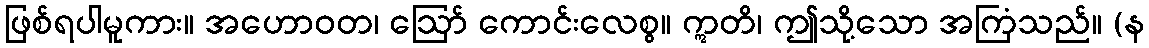
ဖြစ်ရပါမူကား။ အဟောဝတ၊ ဩော် ကောင်းလေစွ။ ဣတိ၊ ဤသို့သော အကြံသည်။ (န